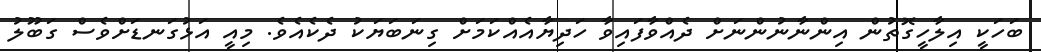
ބަހަކީ އިލާހީގޮތުން އިންނާނުންނަށް ދެއްވާފައިވާ ހަދިޔާއެއްކަމަށް ގިނަބަޔަކު ދެކެއެވެ. މިއީ އަޅުގަނޑަށްވެސް ގަބޫލު